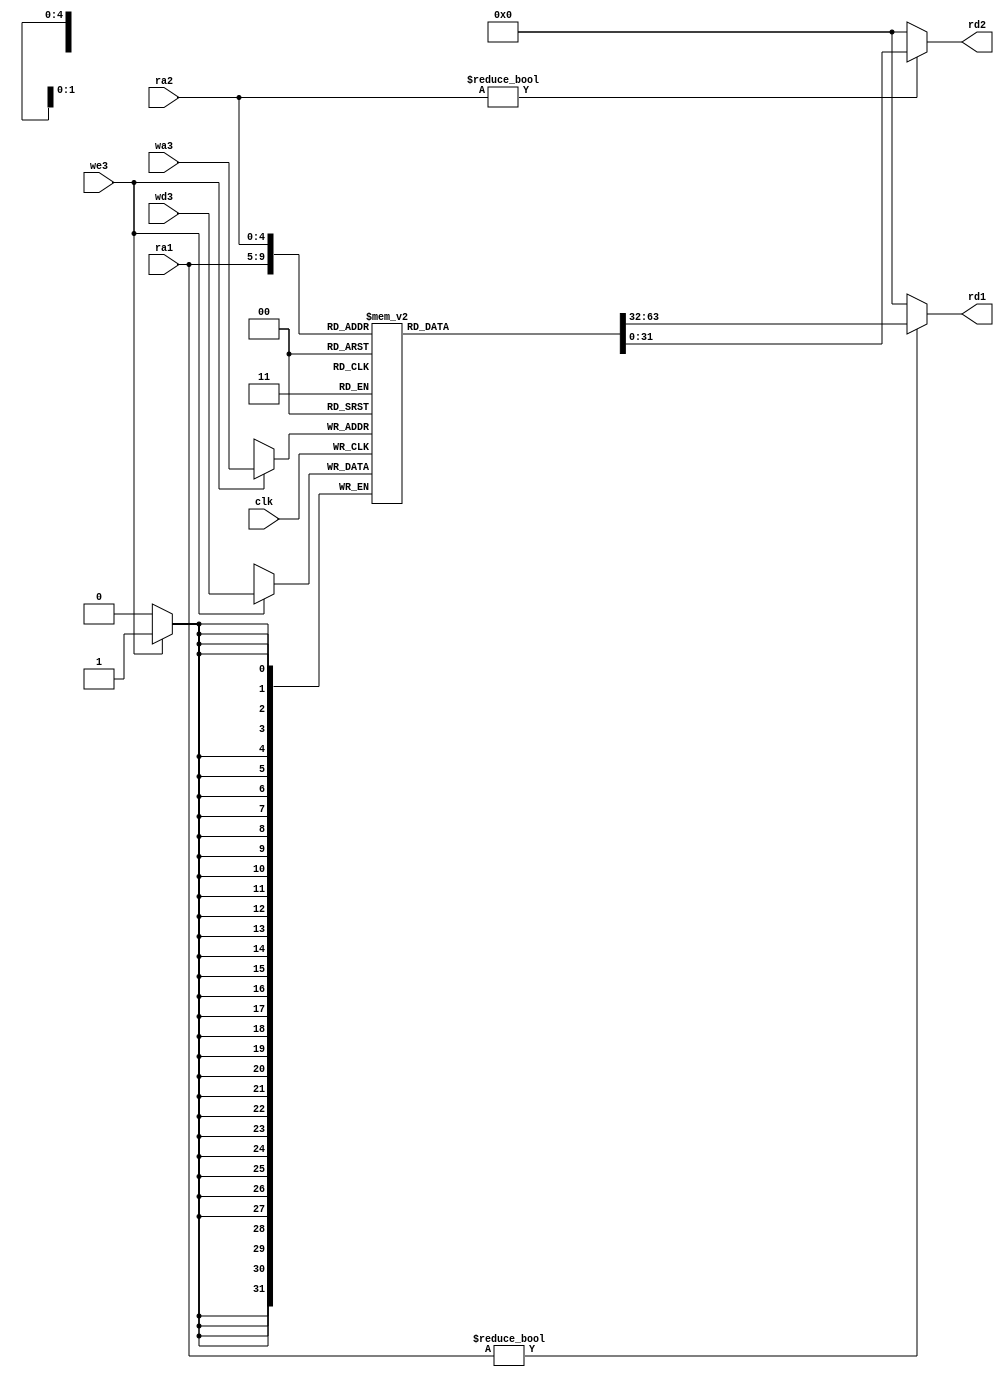
`timescale 1ns / 1ps

module Regfile(
	input 		 clk,
	input 		 we3,
	input [4:0]  ra1,ra2,wa3,
	input [31:0] wd3,
	
	output[31:0] rd1,rd2
);

reg [31:0] rf[31:0];
// three ported register file
// read two ports combinationally(RA1/RD1,RA2/RD2)
// write third port on rising edge of clock(WA3/WD3/WE3)
// register 0 hardwired to 0
// note:for pipelined processor,write third port on falling edge of clk

always@(posedge clk)
begin
	if(we3)
		rf[wa3] <= wd3;
end

assign rd1 = (ra1 != 0) ? rf[ra1] : 0;
assign rd2 = (ra2 != 0) ? rf[ra2] : 0;

endmodule